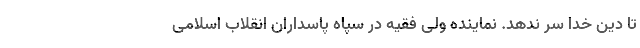
تا دین خدا سر ندهد. نماینده ولی فقیه در سپاه پاسداران انقلاب اسلامی